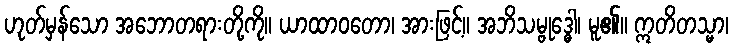
ဟုတ်မှန်သော အဘောတရားတို့ကို။ ယာထာဝတော၊ အားဖြင့်။ အဘိသမ္ဗုဒ္ဓေါ၊ မူ၏။ ဣတိတသ္မာ၊